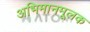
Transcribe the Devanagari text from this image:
अभिमानमूलक